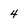
Character: 4